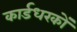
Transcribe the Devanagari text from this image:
कार्डधरकों